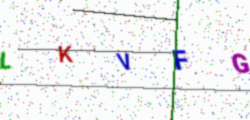
Text: LKVFG